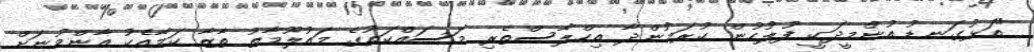
"އަޅުގަނޑު އުންމީދަކީ ފުލުހުން ކުރަމުންދާ އިހްލާސްތެރި މަސައްކަތުގެ މައުލޫމާތު ތާޒާ ކަމާއެކު އާންމުނަށް